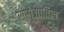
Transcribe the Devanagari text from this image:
सरोजातिल